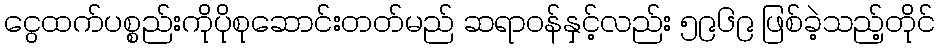
ငွေထက်ပစ္စည်းကိုပိုစုဆောင်းတတ်မည် ဆရာဝန်နှင့်လည်း ၅၉၆၉ ဖြစ်ခဲ့သည့်တိုင်